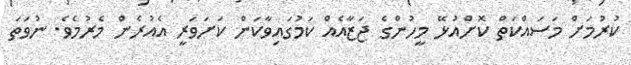
ކުރުމަށް މަސައްކަތް ކޮށްއުޅޭ މީހުންގެ ޖަޒާއެއް ކަމުގައިވާކަން ކަށަވަރީ އެއުރެން މެރުމެވެ. ނުވަތަ